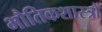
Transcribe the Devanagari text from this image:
भौतिकशास्त्रों